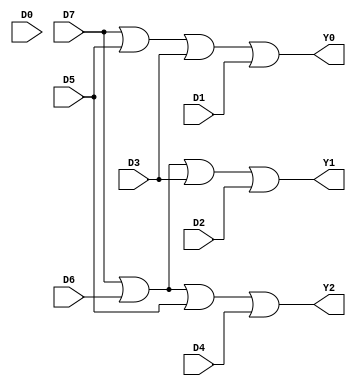
module boolencd83(D0,D1,D2,D3,D4,D5,D6,D7,Y2,Y1,Y0);

input D0,D1,D2,D3,D4,D5,D6,D7;
output Y2,Y1,Y0;

assign Y2 = D7|D6|D5|D4;
assign Y1 = D7|D6|D3|D2;
assign Y0 = D7|D5|D3|D1;
endmodule